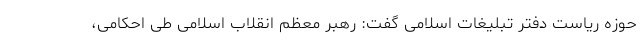
حوزه ریاست دفتر تبلیغات اسلامی گفت: رهبر معظم انقلاب اسلامی طی احکامی،